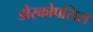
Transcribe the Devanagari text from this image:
डोरकोपसिस